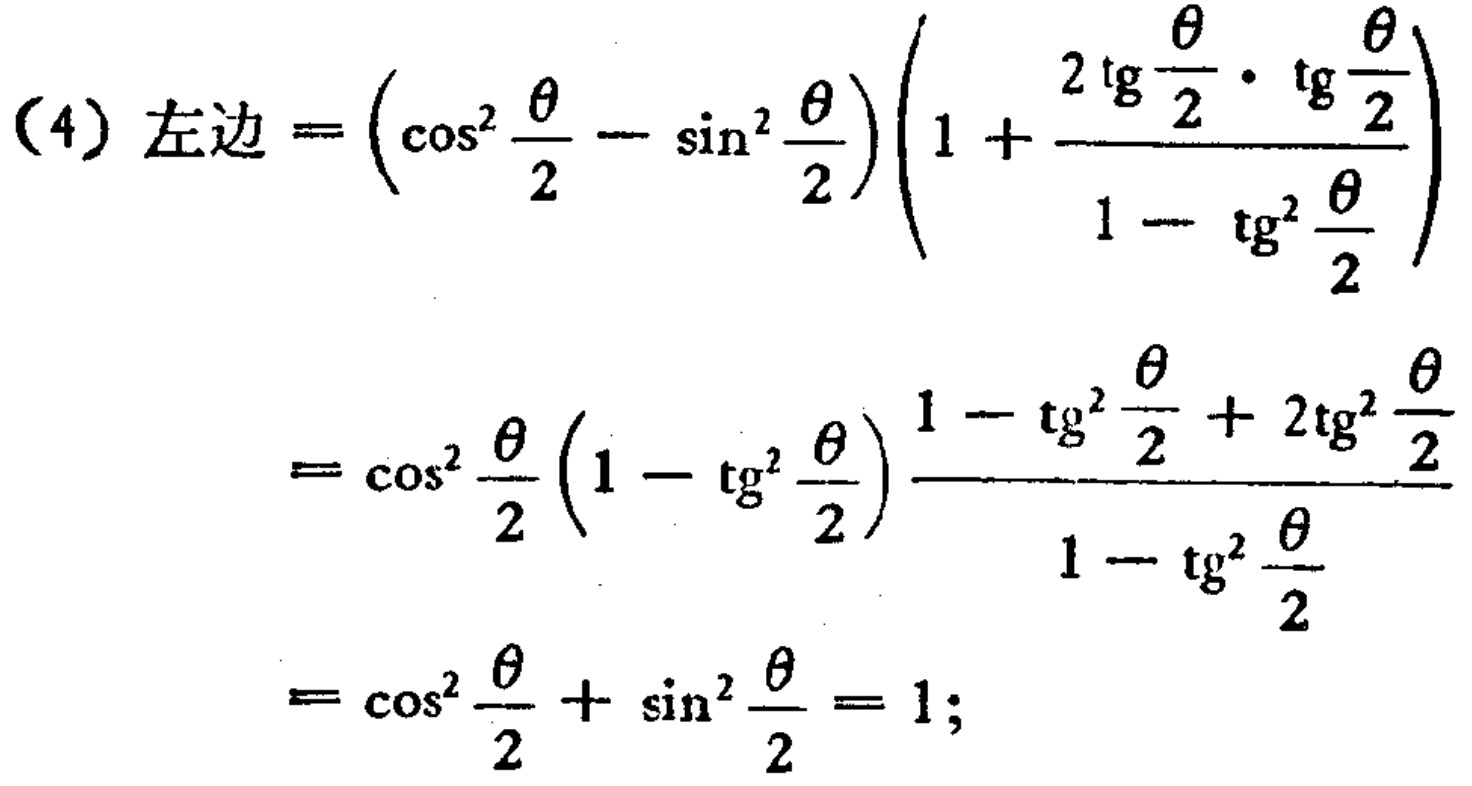
\[
\begin{align*}
(4)\text{左边}&= \left(\cos^{2}\frac{\theta}{2}-\sin^{2}\frac{\theta}{2}\right)\left(1 + \frac{2\mathrm{tg}\frac{\theta}{2}\cdot\mathrm{tg}\frac{\theta}{2}}{1-\mathrm{tg}^{2}\frac{\theta}{2}}\right)\\
&=\cos^{2}\frac{\theta}{2}\left(1 - \mathrm{tg}^{2}\frac{\theta}{2}\right)\frac{1-\mathrm{tg}^{2}\frac{\theta}{2}+2\mathrm{tg}^{2}\frac{\theta}{2}}{1-\mathrm{tg}^{2}\frac{\theta}{2}}\\
&=\cos^{2}\frac{\theta}{2}+\sin^{2}\frac{\theta}{2}=1;
\end{align*}
\]